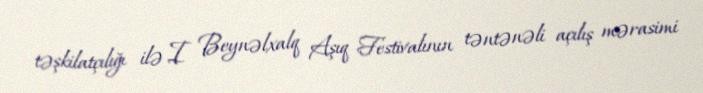
təşkilatçılığı ilə I Beynəlxalq Aşıq Festivalının təntənəli açılış mərasimi